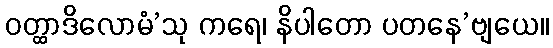
ဝတ္ထာဒိလောမံ’သု ကရေ၊ နိပါတော ပတနေ’ဗျယေ။